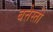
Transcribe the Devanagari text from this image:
बत्तेस्ती